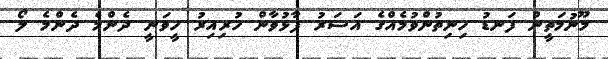
މޫނުމަތީން ފަނޑު ހިނިތުންވުމެއްގެ އަސަރު ފާޅުވާން ހުރިއިރު ހީވަނީ ދެންމެ ދެންމެ ލޯ